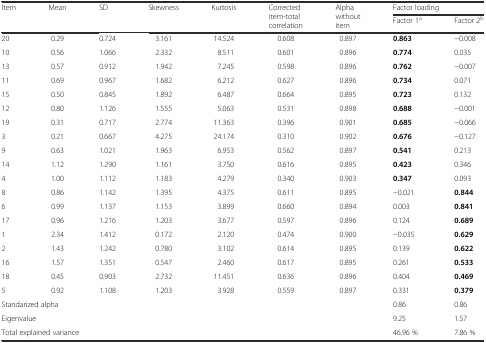
<table><thead><tr><td rowspan="2"><b>Item</b></td><td rowspan="2"><b>Mean</b></td><td rowspan="2"><b>SD</b></td><td rowspan="2"><b>Skewness</b></td><td rowspan="2"><b>Kurtosis</b></td><td rowspan="2"><b>Corrected item-total correlation</b></td><td rowspan="2"><b>Alpha without item</b></td><td colspan="2"><b>Factor loading</b></td></tr><tr><td><b>Factor 1<sup>a</sup></b></td><td><b>Factor 2<sup>b</sup></b></td></tr></thead><tbody><tr><td>20</td><td>0.29</td><td>0.724</td><td>3.161</td><td>14.524</td><td>0.608</td><td>0.897</td><td><b>0.863</b></td><td>−0.008</td></tr><tr><td>10</td><td>0.56</td><td>1.066</td><td>2.332</td><td>8.511</td><td>0.601</td><td>0.896</td><td><b>0.774</b></td><td>0.035</td></tr><tr><td>13</td><td>0.57</td><td>0.912</td><td>1.942</td><td>7.245</td><td>0.598</td><td>0.896</td><td><b>0.762</b></td><td>−0.007</td></tr><tr><td>11</td><td>0.69</td><td>0.967</td><td>1.682</td><td>6.212</td><td>0.627</td><td>0.896</td><td><b>0.734</b></td><td>0.071</td></tr><tr><td>15</td><td>0.50</td><td>0.845</td><td>1.892</td><td>6.487</td><td>0.664</td><td>0.895</td><td><b>0.723</b></td><td>0.132</td></tr><tr><td>12</td><td>0.80</td><td>1.126</td><td>1.555</td><td>5.063</td><td>0.531</td><td>0.898</td><td><b>0.688</b></td><td>−0.001</td></tr><tr><td>19</td><td>0.31</td><td>0.717</td><td>2.774</td><td>11.363</td><td>0.396</td><td>0.901</td><td><b>0.685</b></td><td>−0.066</td></tr><tr><td>3</td><td>0.21</td><td>0.667</td><td>4.275</td><td>24.174</td><td>0.310</td><td>0.902</td><td><b>0.676</b></td><td>−0.127</td></tr><tr><td>9</td><td>0.63</td><td>1.021</td><td>1.963</td><td>6.953</td><td>0.562</td><td>0.897</td><td><b>0.541</b></td><td>0.213</td></tr><tr><td>14</td><td>1.12</td><td>1.290</td><td>1.161</td><td>3.750</td><td>0.616</td><td>0.895</td><td><b>0.423</b></td><td>0.346</td></tr><tr><td>4</td><td>1.00</td><td>1.112</td><td>1.183</td><td>4.279</td><td>0.340</td><td>0.903</td><td><b>0.347</b></td><td>0.093</td></tr><tr><td>8</td><td>0.86</td><td>1.142</td><td>1.395</td><td>4.375</td><td>0.611</td><td>0.895</td><td>−0.021</td><td><b>0.844</b></td></tr><tr><td>6</td><td>0.99</td><td>1.137</td><td>1.153</td><td>3.899</td><td>0.660</td><td>0.894</td><td>0.003</td><td><b>0.841</b></td></tr><tr><td>17</td><td>0.96</td><td>1.216</td><td>1.203</td><td>3.677</td><td>0.597</td><td>0.896</td><td>0.124</td><td><b>0.689</b></td></tr><tr><td>1</td><td>2.34</td><td>1.412</td><td>0.172</td><td>2.120</td><td>0.474</td><td>0.900</td><td>−0.035</td><td><b>0.629</b></td></tr><tr><td>2</td><td>1.43</td><td>1.242</td><td>0.780</td><td>3.102</td><td>0.614</td><td>0.895</td><td>0.139</td><td><b>0.622</b></td></tr><tr><td>16</td><td>1.57</td><td>1.351</td><td>0.547</td><td>2.460</td><td>0.617</td><td>0.895</td><td>0.261</td><td><b>0.533</b></td></tr><tr><td>18</td><td>0.45</td><td>0.903</td><td>2.732</td><td>11.451</td><td>0.636</td><td>0.896</td><td>0.404</td><td><b>0.469</b></td></tr><tr><td>5</td><td>0.92</td><td>1.108</td><td>1.203</td><td>3.928</td><td>0.559</td><td>0.897</td><td>0.331</td><td><b>0.379</b></td></tr><tr><td colspan="7">Standarized alpha</td><td>0.86</td><td>0.86</td></tr><tr><td colspan="7">Eigenvalue</td><td>9.25</td><td>1.57</td></tr><tr><td colspan="7">Total explained variance</td><td>46.96 %</td><td>7.86 %</td></tr></tbody></table>